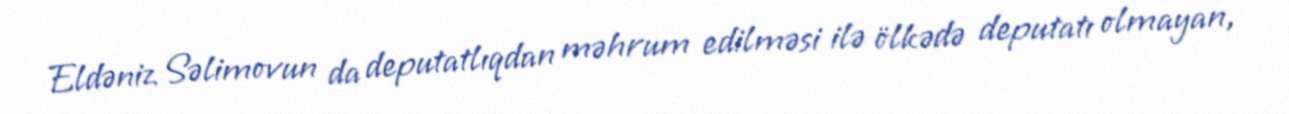
Eldəniz Səlimovun da deputatlıqdan məhrum edilməsi ilə ölkədə deputatı olmayan,